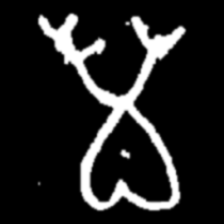
Pyu character \u2014 Myanmar letter: မ (romanized: ma)